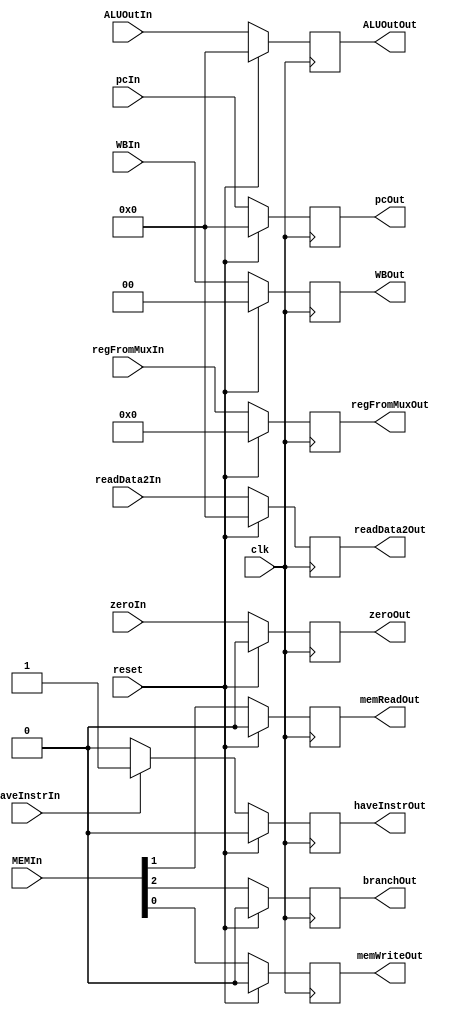
// PIPELINED
// Third pipeline register: EX_MEM
// Total size (in bits): 97

module ex_mem (haveInstrIn, haveInstrOut, clk, reset, pcIn, zeroIn, ALUOutIn, readData2In, regFromMuxIn, WBIn, MEMIn,
    pcOut, zeroOut, ALUOutOut, readData2Out, regFromMuxOut, WBOut, branchOut, memReadOut, memWriteOut);

    // Input wires;
    input clk, reset, zeroIn, haveInstrIn;
    input [31:0] pcIn, ALUOutIn, readData2In;
    input [4:0] regFromMuxIn;
    input [1:0] WBIn;
    input [2:0] MEMIn;

    // Output regs;
    output reg [31:0] pcOut, ALUOutOut, readData2Out;
    output reg [4:0] regFromMuxOut;
    output reg [1:0] WBOut;
    output reg zeroOut, branchOut, memReadOut, memWriteOut;
    output reg haveInstrOut;

    // Copying data from the entries to the module's output registers when negedge is happening;
    always @(negedge clk) begin
        if (reset) begin
            pcOut <= 32'b0;
            zeroOut <= 1'b0;
            ALUOutOut <= 32'b0;
            readData2Out <= 32'b0;
            regFromMuxOut <= 5'b0;
            WBOut <= 2'b0;
            branchOut <= 1'b0;
            memReadOut <= 1'b0;
            memWriteOut <= 1'b0;
            haveInstrOut <= 1'b0;
        end
        else begin
            if (haveInstrIn) begin
                haveInstrOut <= 1'b1;
            end
            else begin
                haveInstrOut <= 1'b0;
            end
            pcOut <= pcIn;
            zeroOut <= zeroIn;
            ALUOutOut <= ALUOutIn;
            readData2Out <= readData2In;
            regFromMuxOut <= regFromMuxIn;
            WBOut <= WBIn;
            branchOut <= MEMIn[2];
            memReadOut <= MEMIn[1];
            memWriteOut <= MEMIn[0];
        end
    end
endmodule